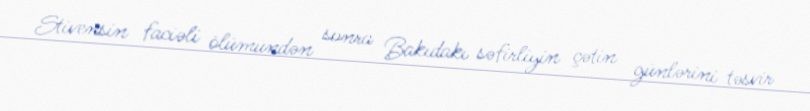
Stivensin faciəli ölümündən sonra Bakıdakı səfirliyin çətin günlərini təsvir